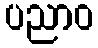
ပညာဝ